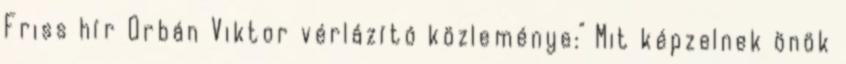
Friss hír Orbán Viktor vérlázító közleménye:" Mit képzelnek önök